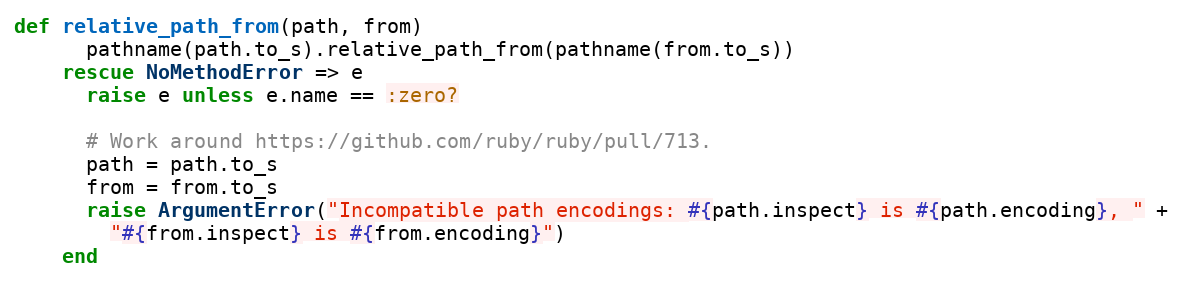
Language: Ruby
def relative_path_from(path, from)
      pathname(path.to_s).relative_path_from(pathname(from.to_s))
    rescue NoMethodError => e
      raise e unless e.name == :zero?

      # Work around https://github.com/ruby/ruby/pull/713.
      path = path.to_s
      from = from.to_s
      raise ArgumentError("Incompatible path encodings: #{path.inspect} is #{path.encoding}, " +
        "#{from.inspect} is #{from.encoding}")
    end